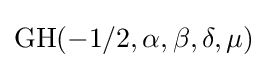
\mathrm {GH} (-1/2,\alpha ,\beta ,\delta ,\mu )